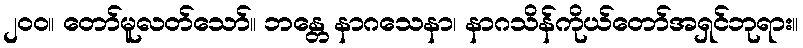
၂၀၀။ တော်မူလတ်သော်။ ဘန္တေ နာဂသေနာ၊ နာဂသိန်ကိုယ်တော်အရှင်ဘုရား။